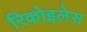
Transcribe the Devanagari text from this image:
रिकोइलेस